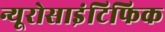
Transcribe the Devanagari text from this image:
न्यूरोसाइंटिफिक